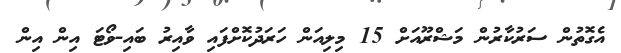
އެގޮތުން ސަރުކާރުން މަޝްރޫއަށް 15 މިލިއަން ހަރަދުކޮށްފައި ވާއިރު ބައި-ވޯޓަ އިން އިން